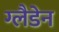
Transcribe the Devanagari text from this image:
ग्लैडेन